Indian journal of veterinary science and animal husbandry - Volume 7,
Year: 1937
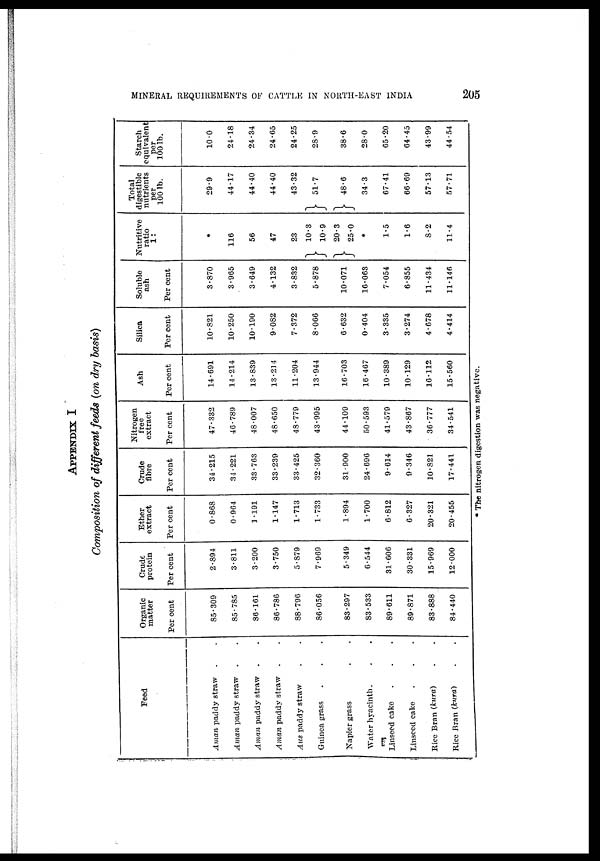
MINERAL REQUIREMENTS OF CATTLE IN NORTH-EAST INDIA
205
APPENDIX I
Composition of different feeds (on dry basis)
Feed
Aman paddy straw . .
Aman paddy straw . .
Aman paddy straw . .
Aman paddy straw . .
Aus paddy straw . .
Guinea grass . . .
Napier grass . .
Water hyacinth. . .
Linseed cake . . .
Linseed cake . . .
Rice Bran (kura) . .
Rice Bran (kura) . .
Organic
matter
Per cent
85.309
85.785
86.161
86.786
88.796
86.056
83.297
83.533
89.611
89.871
83.888
84.440
Crude
protein
Per cent
2.894
3.811
3.200
3.750
5.879
7.969
5.349
6.544
31.606
30.331
15.969
12.000
Ether
extract
Per cent
0.868
0.964
1.191
1.147
1.713
1.733
1.894
1.700
6.812
6.327
20.321
20.455
Crude
fibre
Per cent
34.215
34.221
33.763
33.239
33.425
32.360
31.900
24.696
9.614
9.346
10.821
17.441
Nitrogen
free
extract
Per cent
47.332
46.789
48.007
48.650
48.779
43.995
44.109
50.593
41.579
43.867
36.777
34.541
Ash
Per cent
14.691
14.214
13.839
13.214
11.204
13.944
16.703
16.467
10.389
10.129
16.112
15.560
Silica
Per cent
10.821
10.250
10.190
9.082
7.372
8.066
6.632
0.404
3.335
3.274
4.678
4.414
Soluble
ash
Per cent
3.870
3.965
3.649
4.132
3.832
5.878
10.071
16.063
7.054
6.855
11.434
11.146
Nutritive
ratio
1:
*
116
56
47
23
}
10.3
10.9
}
20.3
25.0
*
1.5
1.6
8.2
11.4
Total
digestible
nutrients
per
100 lb.
29.9
44.17
44.40
44.40
43.32
}
51.7
} 48.6
34.3
67.41
66.69
57.13
57.71
Starch
equivalent
per
100 lb.
10.0
24.18
24.34
24.65
24.25
28.9
38.6
28.0
65.20
64.45
43.99
44.54
* The nitrogen digestion was negative.